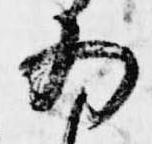
為